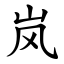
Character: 岚